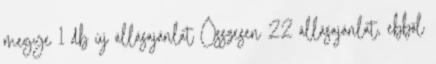
megye 1 db új állásajánlat Összesen 22 állásajánlat, ebből